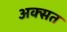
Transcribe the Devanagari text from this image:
अक्सत